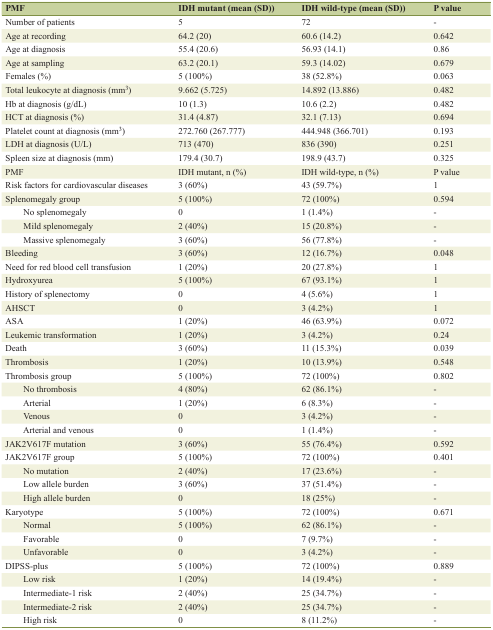
<table><thead><tr><td><b>PMF</b></td><td><b>IDH mutant (mean (SD))</b></td><td><b>IDH wild-type (mean (SD))</b></td><td><b>P value</b></td></tr></thead><tbody><tr><td>Number of patients</td><td>5</td><td>72</td><td>-</td></tr><tr><td>Age at recording</td><td>64.2 (20)</td><td>60.6 (14.2)</td><td>0.642</td></tr><tr><td>Age at diagnosis</td><td>55.4 (20.6)</td><td>56.93 (14.1)</td><td>0.86</td></tr><tr><td>Age at sampling</td><td>63.2 (20.1)</td><td>59.3 (14.02)</td><td>0.679</td></tr><tr><td>Females (%)</td><td>5 (100%)</td><td>38 (52.8%)</td><td>0.063</td></tr><tr><td>Total leukocyte at diagnosis (mm<sup>3</sup>)</td><td>9.662 (5.725)</td><td>14.892 (13.886)</td><td>0.482</td></tr><tr><td>Hb at diagnosis (g/dL)</td><td>10 (1.3)</td><td>10.6 (2.2)</td><td>0.482</td></tr><tr><td>HCT at diagnosis (%)</td><td>31.4 (4.87)</td><td>32.1 (7.13)</td><td>0.694</td></tr><tr><td>Platelet count at diagnosis (mm<sup>3</sup>)</td><td>272.760 (267.777)</td><td>444.948 (366.701)</td><td>0.193</td></tr><tr><td>LDH at diagnosis (U/L)</td><td>713 (470)</td><td>836 (390)</td><td>0.251</td></tr><tr><td>Spleen size at diagnosis (mm)</td><td>179.4 (30.7)</td><td>198.9 (43.7)</td><td>0.325</td></tr><tr><td>PMF</td><td>IDH mutant, n (%)</td><td>IDH wild-type, n (%)</td><td>P value</td></tr><tr><td>Risk factors for cardiovascular diseases</td><td>3 (60%)</td><td>43 (59.7%)</td><td>1</td></tr><tr><td>Splenomegaly group</td><td>5 (100%)</td><td>72 (100%)</td><td>0.594</td></tr><tr><td>No splenomegaly</td><td>0</td><td>1 (1.4%)</td><td>-</td></tr><tr><td>Mild splenomegaly</td><td>2 (40%)</td><td>15 (20.8%)</td><td>-</td></tr><tr><td>Massive splenomegaly</td><td>3 (60%)</td><td>56 (77.8%)</td><td>-</td></tr><tr><td>Bleeding</td><td>3 (60%)</td><td>12 (16.7%)</td><td>0.048</td></tr><tr><td>Need for red blood cell transfusion</td><td>1 (20%)</td><td>20 (27.8%)</td><td>1</td></tr><tr><td>Hydroxyurea</td><td>5 (100%)</td><td>67 (93.1%)</td><td>1</td></tr><tr><td>History of splenectomy</td><td>0</td><td>4 (5.6%)</td><td>1</td></tr><tr><td>AHSCT</td><td>0</td><td>3 (4.2%)</td><td>1</td></tr><tr><td>ASA</td><td>1 (20%)</td><td>46 (63.9%)</td><td>0.072</td></tr><tr><td>Leukemic transformation</td><td>1 (20%)</td><td>3 (4.2%)</td><td>0.24</td></tr><tr><td>Death</td><td>3 (60%)</td><td>11 (15.3%)</td><td>0.039</td></tr><tr><td>Thrombosis</td><td>1 (20%)</td><td>10 (13.9%)</td><td>0.548</td></tr><tr><td>Thrombosis group</td><td>5 (100%)</td><td>72 (100%)</td><td>0.802</td></tr><tr><td>No thrombosis</td><td>4 (80%)</td><td>62 (86.1%)</td><td>-</td></tr><tr><td>Arterial</td><td>1 (20%)</td><td>6 (8.3%)</td><td>-</td></tr><tr><td>Venous</td><td>0</td><td>3 (4.2%)</td><td>-</td></tr><tr><td>Arterial and venous</td><td>0</td><td>1 (1.4%)</td><td>-</td></tr><tr><td>JAK2V617F mutation</td><td>3 (60%)</td><td>55 (76.4%)</td><td>0.592</td></tr><tr><td>JAK2V617F group</td><td>5 (100%)</td><td>72 (100%)</td><td>0.401</td></tr><tr><td>No mutation</td><td>2 (40%)</td><td>17 (23.6%)</td><td>-</td></tr><tr><td>Low allele burden</td><td>3 (60%)</td><td>37 (51.4%)</td><td>-</td></tr><tr><td>High allele burden</td><td>0</td><td>18 (25%)</td><td>-</td></tr><tr><td>Karyotype</td><td>5 (100%)</td><td>72 (100%)</td><td>0.671</td></tr><tr><td>Normal</td><td>5 (100%)</td><td>62 (86.1%)</td><td>-</td></tr><tr><td>Favorable</td><td>0</td><td>7 (9.7%)</td><td>-</td></tr><tr><td>Unfavorable</td><td>0</td><td>3 (4.2%)</td><td>-</td></tr><tr><td>DIPSS-plus</td><td>5 (100%)</td><td>72 (100%)</td><td>0.889</td></tr><tr><td>Low risk</td><td>1 (20%)</td><td>14 (19.4%)</td><td>-</td></tr><tr><td>Intermediate-1 risk</td><td>2 (40%)</td><td>25 (34.7%)</td><td>-</td></tr><tr><td>Intermediate-2 risk</td><td>2 (40%)</td><td>25 (34.7%)</td><td>-</td></tr><tr><td>High risk</td><td>0</td><td>8 (11.2%)</td><td>-</td></tr></tbody></table>